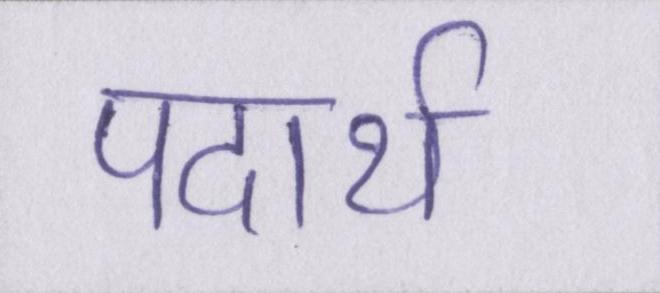
पदार्थ